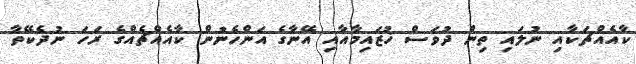
ކާއެއްޗަކާއި ނުލައި ތިން ދުވަސް ޚުޒައިމާއާއި އޭނާގެ އަންހެނުން ކާއެއްޗެއްގެ ރަހަ ނުދެކޭތާ